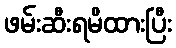
ဖမ်းဆီးရမိထားပြီး